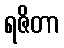
ရဇိတာ